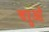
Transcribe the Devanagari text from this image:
चरुओं